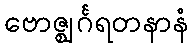
ဗောဇ္ဈင်္ဂရတနာနံ